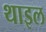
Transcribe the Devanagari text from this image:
थाइल